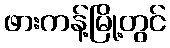
ဖားကန့်မြို့တွင်